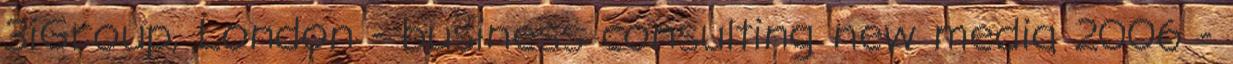
3iGroup, London - business consulting new media 2006 -